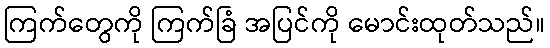
ကြက်တွေကို ကြက်ခြံ အပြင်ကို မောင်းထုတ်သည်။